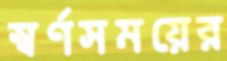
স্বর্ণসময়ের